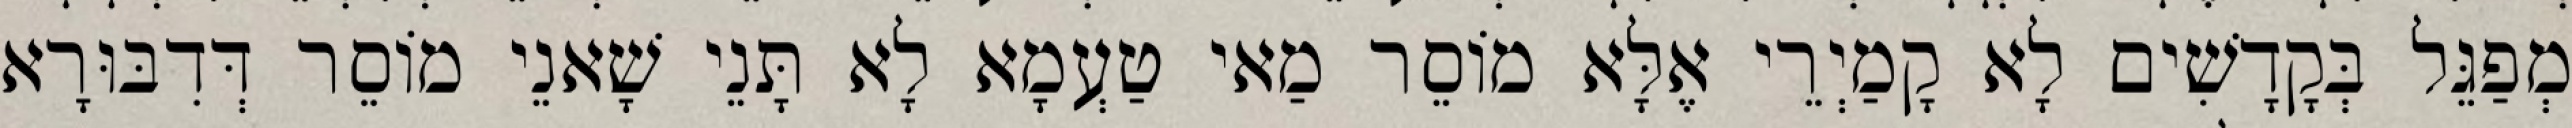
מְפַגֵּל בְּקָדָשִׁים לָא קָמַיְרֵי אֶלָּא מוֹסֵר מַאי טַעְמָא לָא תָּנֵי שָׁאנֵי מוֹסֵר דְּדִבּוּרָא